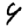
Digit: 4